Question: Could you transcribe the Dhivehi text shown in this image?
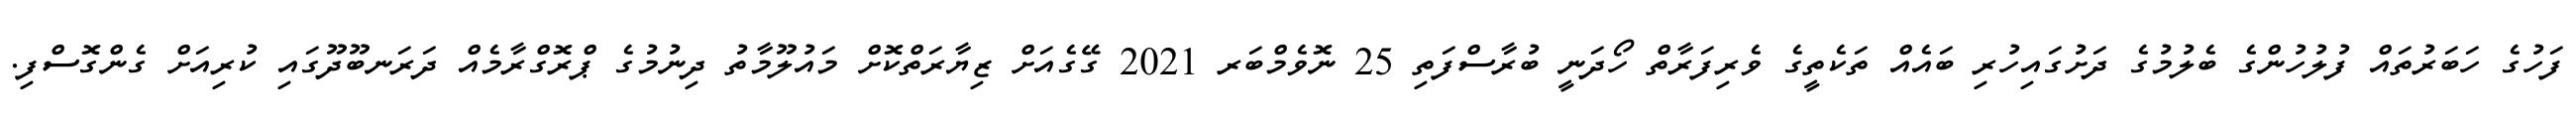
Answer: ފަހުގެ ހަބަރުތައް ފުލުހުންގެ ބެލުމުގެ ދަށުގައިހުރި ބައެއް ތަކެތީގެ ވެރިފަރާތް ހޯދަނީ ބުރާސްފަތި 25 ނޮވެމްބަރ 2021 ގޭގެއަށް ޒިޔާރަތްކޮށް މައުލޫމާތު ދިނުމުގެ ޕްރޮގްރާމެއް ދަރަނބޫދޫގައި ކުރިއަށް ގެންގޮސްފި.